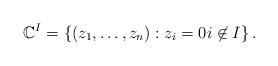
LaTeX: \begin{align*}\mathbb{C}^{I}=\left\{ (z_{1},\ldots,z_{n}):z_{i}=0 i \not\in I\right\}.\end{align*}